Report on vaccination in Madras 1877-1894 - 1877-1894
Year: 1877
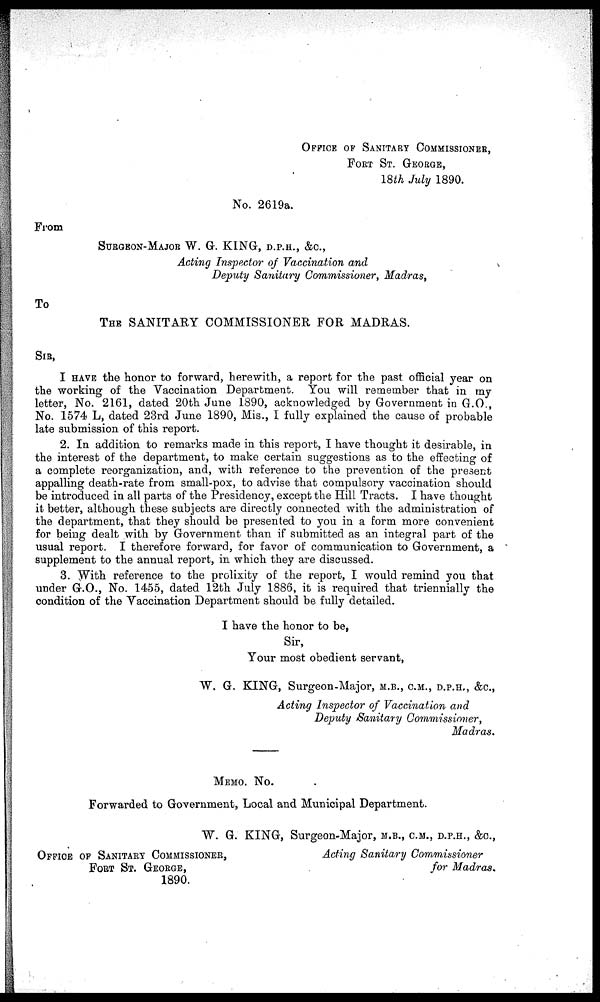
OFFICE OF SANITARY COMMISSIONER,
FORT ST. GEORGE,
18th July 1890.
No. 2619a.
From
SURGEON-MAJOR W. G. KING, D.P.H., &C.,
Acting Inspector of Vaccination and
Deputy Sanitary Commissioner, Madras,
To
THE SANITARY COMMISSIONER FOR MADRAS.
SIR,
I HAVE the honor to forward, herewith, a report for the past official year on
the working of the Vaccination Department. You will remember that in my
letter, No. 2161, dated 20th June 1890, acknowledged by Government in G.O.,
No. 1574 L, dated 23rd June 1890, Mis., I fully explained the cause of probable
late submission of this report.
2. In addition to remarks made in this report, I have thought it desirable, in
the interest of the department, to make certain suggestions as to the effecting of
a complete reorganization, and, with reference to the prevention of the present
appalling death-rate from small-pox, to advise that compulsory vaccination should
be introduced in all parts of the Presidency, except the Hill Tracts. I have thought
it better, although these subjects are directly connected with the administration of
the department, that they should be presented to you in a form more convenient
for being dealt with by Government than if submitted as an integral part of the
usual report. I therefore forward, for favor of communication to Government, a
supplement to the annual report, in which they are discussed.
3. With reference to the prolixity of the report, I would remind you that
under G.O., No. 1455, dated 12th July 1886, it is required that triennially the
condition of the Vaccination Department should be fully detailed.
I have the honor to be,
Sir,
Your most obedient servant,
W. G. KING, Surgeon-Major, M.B., C.M., D.P.H., &C.,
Acting Inspector of Vaccination and
Deputy Sanitary Commissioner,
Madras.
MEMO. No.
Forwarded to Government, Local and Municipal Department.
W. G. KING, Surgeon-Major, M.B., C.M., D.P.H., &C.,
Acting Sanitary Commissioner
for Madras.
OFFICE OF SANITARY COMMISSIONER,
FORT ST. GEORGE,
1890.